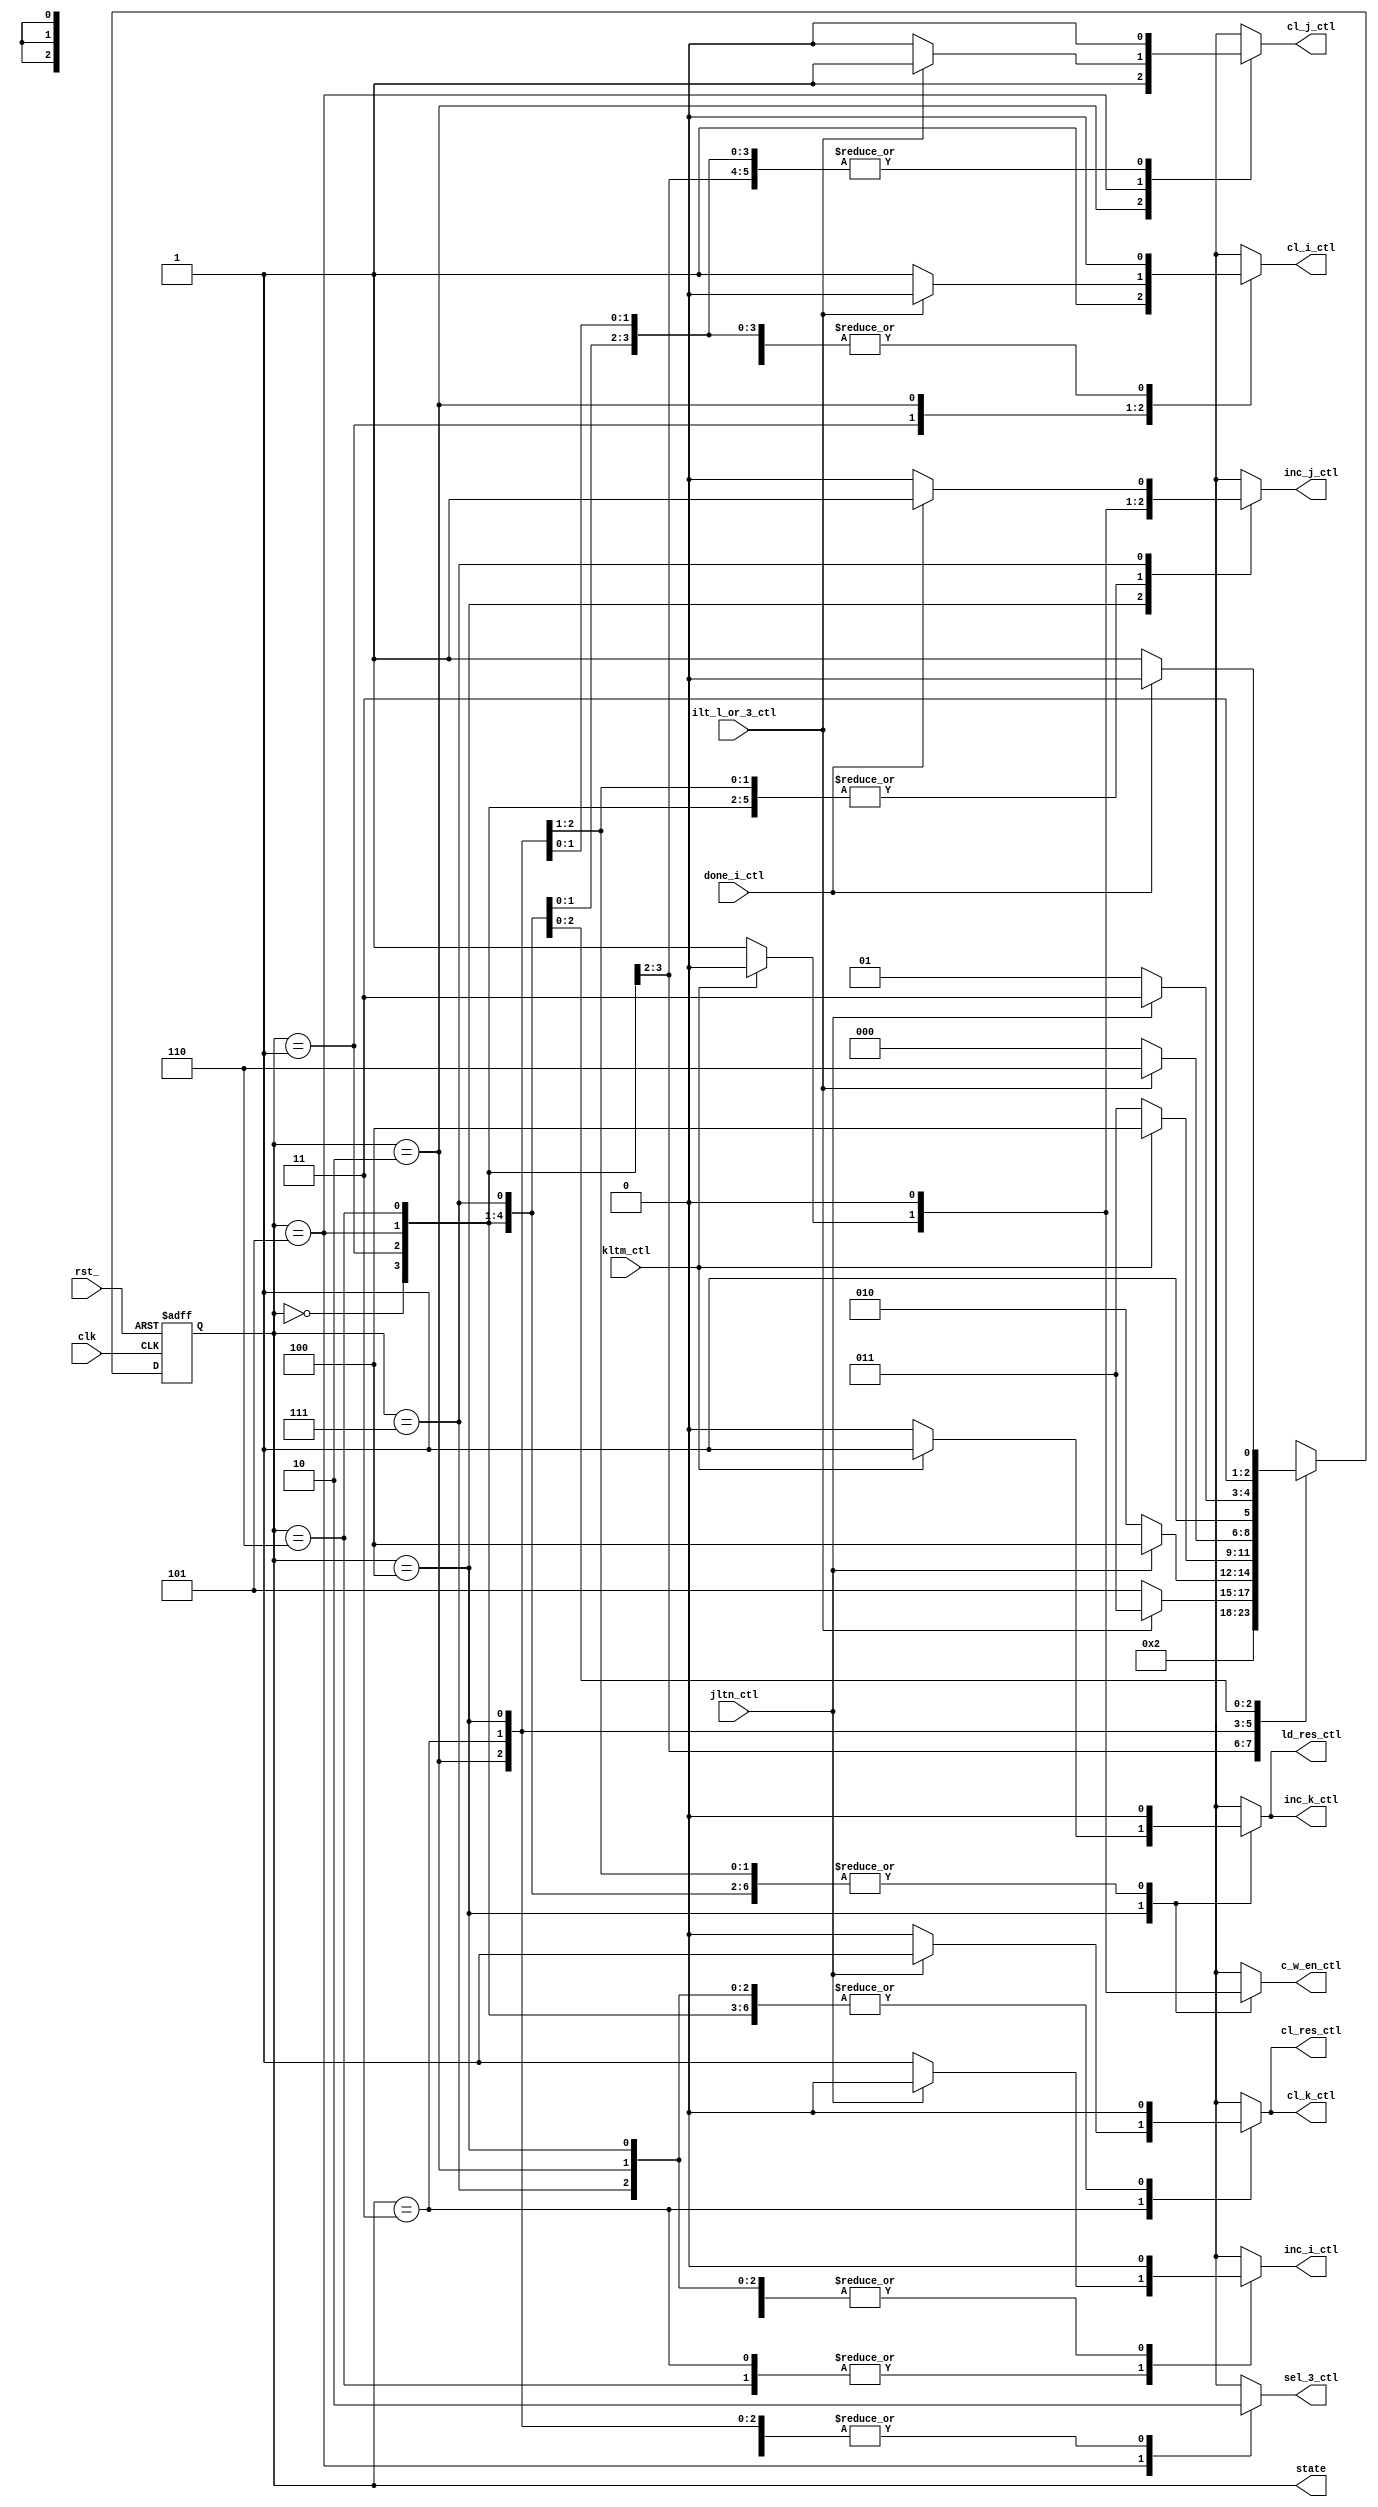
module VMM_CTL
(  
    input wire clk,
    input wire rst_,
    input wire ilt_l_or_3_ctl,
    input wire jltn_ctl,
    input wire kltm_ctl,
    input wire done_i_ctl,
    output reg [2:0] state,
    output reg c_w_en_ctl, cl_res_ctl, ld_res_ctl, cl_i_ctl,
                inc_i_ctl, sel_3_ctl, cl_j_ctl, inc_j_ctl,
                cl_k_ctl, inc_k_ctl
);
  
parameter S0 = 3'b000, S1 = 3'b001, S2 = 3'b010, S3 = 3'b011,
            S4 = 3'b100, S5 = 3'b101, S6 = 3'b110, S7 = 3'b111;

reg [2:0] nxtState;

////// Control Signal Logic //////
always @(*) 
begin
    c_w_en_ctl = 1'b0; cl_res_ctl = 1'b0; ld_res_ctl = 1'b0; cl_i_ctl = 1'b0;
    inc_i_ctl = 1'b0; sel_3_ctl = 1'b0; cl_j_ctl = 1'b0; inc_j_ctl = 1'b0;
    cl_k_ctl = 1'b0; inc_k_ctl = 1'b0; 

    case(state)
        S0 : 
            begin
                
            end
        S1 : 
            begin
                cl_i_ctl = 1'b1;
            end
        S2 : 
            begin
                if (ilt_l_or_3_ctl) begin
                    cl_j_ctl = 1'b1;
                end
                else begin
                    cl_i_ctl = 1'b1;
                    cl_j_ctl = 1'b1; // 
                end
            end
        S3 :
            begin
                if (jltn_ctl) begin
                    cl_res_ctl = 1'b1;
                    cl_k_ctl = 1'b1;
                end
                else begin
                    inc_i_ctl = 1'b1;
                end
            end
        S4 :
            begin
                if (kltm_ctl) begin
                    inc_k_ctl = 1'b1;
                    ld_res_ctl = 1'b1;
                end
                else begin
                    c_w_en_ctl = 1'b1;
                    inc_j_ctl = 1'b1;
                end
            end
        S5 :
            begin
                sel_3_ctl = 1'b1;
                if (ilt_l_or_3_ctl) begin
                    cl_j_ctl = 1'b1;
                end
                else begin
                    
                end
            end
        S6 :
            begin
                if (jltn_ctl) begin
                    
                end
                else begin
                    inc_i_ctl = 1'b1;
                end
            end
        S7 :
            begin
                if (done_i_ctl) begin
                    inc_j_ctl = 1'b1;
                end
                else begin
                    
                end
            end
        default : ;
    endcase
end

////// Next State Logic //////
always @(*) 
begin
    nxtState = 3'b000;

    case (state)
        S0 : 
            begin
                
            end
        S1 :
            begin
                nxtState = S2;
            end
        S2 :
            begin
                if (ilt_l_or_3_ctl) begin
                    nxtState = S3;
                end
                else begin
                    nxtState = S5;
                end
            end
        S3 :
            begin
                if (jltn_ctl) begin
                    nxtState = S4;
                end
                else begin
                    nxtState = S2;
                end
            end
        S4 :
            begin
                if (kltm_ctl) begin
                    nxtState = S4;
                end
                else begin
                    nxtState = S3;
                end
            end
        S5 :
            begin
                if (ilt_l_or_3_ctl) begin
                    nxtState = S6;
                end
                else begin
                    nxtState = S0;
                end
            end
        S6 : 
            begin
                if (jltn_ctl) begin
                    nxtState = S7;
                end
                else begin
                    nxtState = S5;
                end
            end
        S7 :
            begin
                if (done_i_ctl) begin
                    nxtState = S6;
                end
                else begin
                    nxtState = S7;
                end
            end
        default: ;
    endcase
end
 
////// State Registers //////
always @(posedge clk or negedge rst_) begin
    if (!rst_) begin
        state <= S1;
    end
    else begin
        state <= nxtState;
    end
end

endmodule